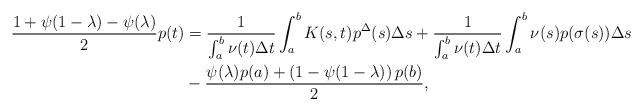
LaTeX: \begin{align*} \dfrac{1+\psi(1-\lambda)-\psi(\lambda)}{2}p(t)& =\dfrac{1}{\int_a^b \nu(t)\Delta t}\int_a^b K(s,t)p^{\Delta}(s)\Delta s + \dfrac{1}{\int_a^b \nu(t)\Delta t}\int_a^b \nu(s)p(\sigma(s))\Delta s\\& - \dfrac{\psi(\lambda)p(a)+\left(1-\psi(1-\lambda)\right)p(b)}{2},\end{align*}